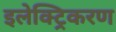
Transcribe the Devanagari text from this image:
इलेक्ट्रिकरण